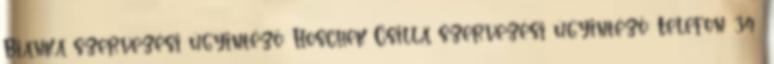
Bianka szervezési ügyintéző: Hoschek Csilla szervezési ügyintéző: Telefon: 34